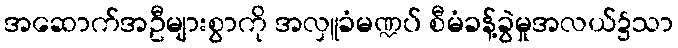
အဆောက်အဦများစွာကို အလှူခံမဏ္ဍပ် စီမံခန့်ခွဲမှုအလယ်၌သာ